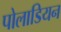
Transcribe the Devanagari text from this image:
पोलाडियन